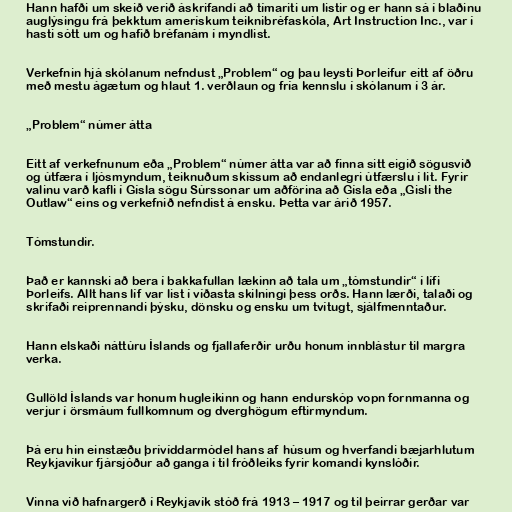
Hann hafði um skeið verið áskrifandi að tímariti um listir og er hann sá í blaðinu
auglýsingu frá þekktum amerískum teiknibréfaskóla, Art Instruction Inc., var í
hasti sótt um og hafið bréfanám í myndlist.

Verkefnin hjá skólanum nefndust „Problem“ og þau leysti Þorleifur eitt af öðru
með mestu ágætum og hlaut 1. verðlaun og fría kennslu í skólanum í 3 ár.

„Problem“ númer átta

Eitt af verkefnunum eða „Problem“ númer átta var að finna sitt eigið sögusvið
og útfæra í ljósmyndum, teiknuðum skissum að endanlegri útfærslu í lit. Fyrir
valinu varð kafli í Gísla sögu Súrssonar um aðförina að Gísla eða „Gisli the
Outlaw“ eins og verkefnið nefndist á ensku. Þetta var árið 1957.

Tómstundir.

Það er kannski að bera í bakkafullan lækinn að tala um „tómstundir“ í lífi
Þorleifs. Allt hans líf var list í víðasta skilningi þess orðs. Hann lærði, talaði og
skrifaði reiprennandi þýsku, dönsku og ensku um tvítugt, sjálfmenntaður.

Hann elskaði náttúru Íslands og fjallaferðir urðu honum innblástur til margra
verka.

Gullöld Íslands var honum hugleikinn og hann endurskóp vopn fornmanna og
verjur í örsmáum fullkomnum og dverghögum eftirmyndum.

Þá eru hin einstæðu þrívíddarmódel hans af húsum og hverfandi bæjarhlutum
Reykjavíkur fjársjóður að ganga í til fróðleiks fyrir komandi kynslóðir.

Vinna við hafnargerð í Reykjavík stóð frá 1913 – 1917 og til þeirrar gerðar var